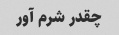
چقدر شرم آور